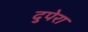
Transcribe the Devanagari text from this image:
दुपेरा